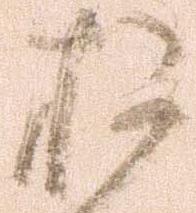
お